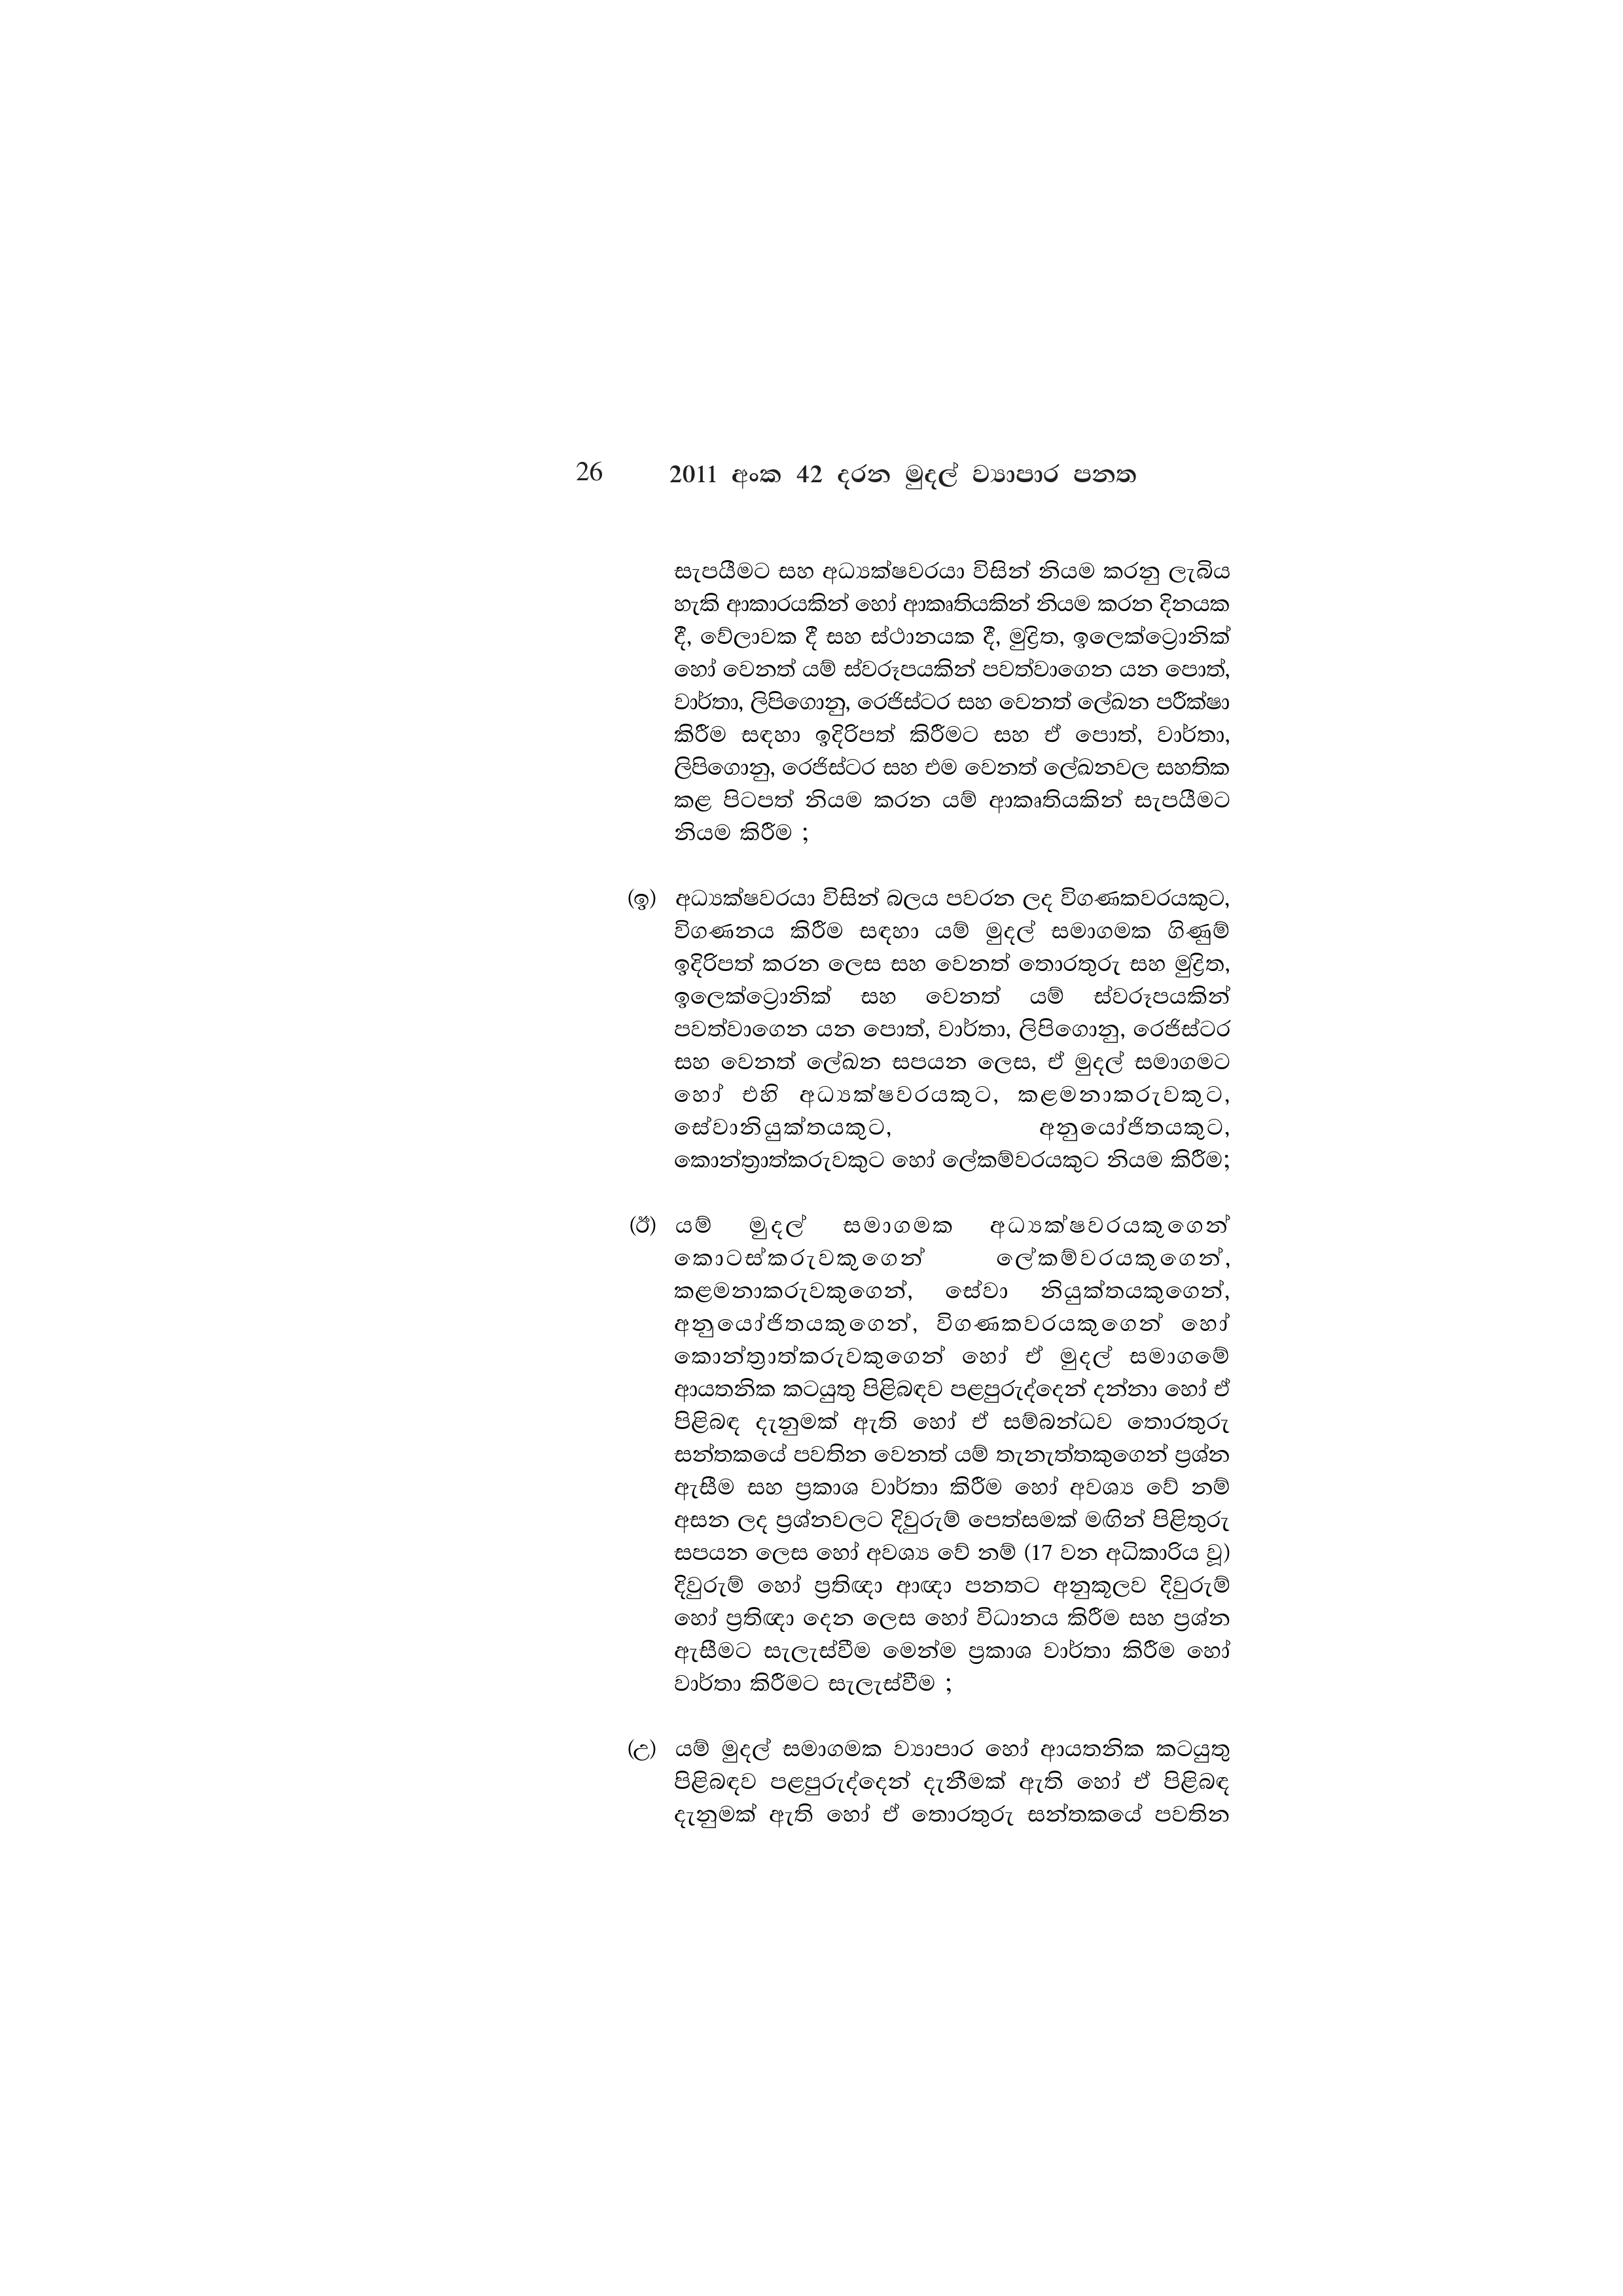
26 2011 අංක 42 දරන මුදල් ව්‍යාපාර පනත

සැපයීමට සහ අධ්‍යක්ෂවරයා විසින් නියම කරනු ලැබිය
හැකි ආකාරයකින් හෝ ආකෘතියකින් නියම කරන දිනයක
දී, වේලාවක දී සහ ස්ථානයක දී, මුද්‍රිත, ඉලෙක්ට්‍රොනික්
හෝ වෙනත් යම් ස්වරූපයකින් පවත්වාගෙන යන පොත්,
වාර්තා, ලිපිගොනු, රෙජිස්ටර සහ වෙනත් ලේඛන පරීක්ෂා
කිරීම සඳහා ඉදිරිපත් කිරීමට සහ ඒ පොත්, වාර්තා,
ලිපිගොනු, රෙජිස්ටර සහ එම වෙනත් ලේඛනවල සහතික
කළ පිටපත් නියම කරන යම් ආකෘතියකින් සැපයීමට
නියම කිරීම ;

(ඉ) අධ්‍යක්ෂවරයා විසින් බලය පවරන ලද විගණකවරයකුට,
විගණනය කිරීම සඳහා යම් මුදල් සමාගමක ගිණුම්
ඉදිරිපත් කරන ලෙස සහ වෙනත් තොරතුරු සහ මුද්‍රිත,
ඉලෙක්ට්‍රොනික් සහ වෙනත් යම් ස්වරූපයකින්
පවත්වාගෙන යන පොත්, වාර්තා, ලිපිගොනු, රෙජිස්ටර
සහ වෙනත් ලේඛන සපයන ලෙස, ඒ මුදල් සමාගමට
හෝ එහි අධ්‍යක්ෂවරයකුට, කළමනාකරුවකුට,
සේවානියුක්තයකුට, අනුයෝජිතයකුට,
කොන්ත්‍රාත්කරුවකුට හෝ ලේකම්වරයකුට නියම කිරීම;

(ඊ) යම් මුදල් සමාගමක අධ්‍යක්ෂවරයකුගෙන්
කොටස්කරුවකුගෙන් ලේකම්වරයකුගෙන්,
කළමනාකරුවකුගෙන්, සේවා නියුක්තයකුගෙන්,
අනුයෝජිතයකුගෙන්, විගණකවරයකුගෙන් හෝ
කොන්ත්‍රාත්කරුවකුගෙන් හෝ ඒ මුදල් සමාගමේ
ආයතනික කටයුතු පිළිබඳව පළපුරුද්දෙන් දන්නා හෝ ඒ
පිළිබඳ දැනුමක් ඇති හෝ ඒ සම්බන්ධව තොරතුරු
සන්තකයේ පවතින වෙනත් යම් තැනැත්තකුගෙන් ප්‍රශ්න
ඇසීම සහ ප්‍රකාශ වාර්තා කිරීම හෝ අවශ්‍ය වේ නම්
අසන ලද ප්‍රශ්නවලට දිවුරුම් පෙත්සමක් මඟින් පිළිතුරු
සපයන ලෙස හෝ අවශ්‍ය වේ නම් (17 වන අධිකාරිය වූ)
දිවුරුම් හෝ ප්‍රතිඥා ආඥා පනතට අනුකූලව දිවුරුම්
හෝ ප්‍රතිඥා දෙන ලෙස හෝ විධානය කිරීම සහ ප්‍රශ්න
ඇසීමට සැලැස්වීම මෙන්ම ප්‍රකාශ වාර්තා කිරීම හෝ
වාර්තා කිරීමට සැලැස්වීම ;

(උ) යම් මුදල් සමාගමක ව්‍යාපාර හෝ ආයතනික කටයුතු
පිළිබඳව පළපුරුද්දෙන් දැනීමක් ඇති හෝ ඒ පිළිබඳ
දැනුමක් ඇති හෝ ඒ තොරතුරු සන්තකයේ පවතින